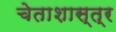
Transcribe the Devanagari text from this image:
चेताशास्त्र